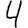
Digit: 4